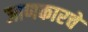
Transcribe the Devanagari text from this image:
जाणकारचे